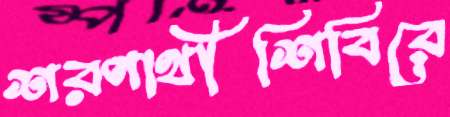
শরণার্থীশিবিরে